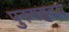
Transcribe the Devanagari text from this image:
पुरुषहृदय